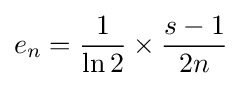
e_{n}={\frac {1}{\ln {2}}}\times {\frac {s-1}{2n}}